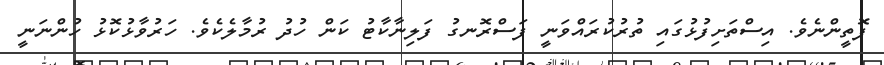
ފޮތީީންނެވެ. އިސްތަށިފުޅުގައި ތުރުކުރައްވަނީ ފަސްރޮނގު ފަލިނާކާޓު ކަން ހުދު ރުމާލެކެވެ. ހަރުވާޅުކޮޅު ހުންނަނީ